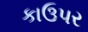
કાઉપર